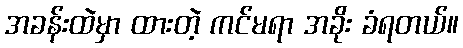
အခန်းထဲမှာ ထားတဲ့ ကင်မရာ အခိုး ခံရတယ်။